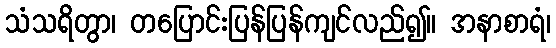
သံသရိတွာ၊ တပြောင်းပြန်ပြန်ကျင်လည်၍။ အနာစာရံ၊